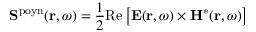
{ \bf S } ^ { \mathrm { p o y n } } ( { \bf r } , \omega ) = \frac { 1 } { 2 } \mathrm { R e } \left[ \mathbf { E } ( { \bf r } , \omega ) \times \mathbf { H } ^ { * } ( { \bf r } , \omega ) \right]